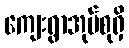
ကျေးရွာအုပ်စုရှိ